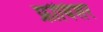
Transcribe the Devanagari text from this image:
फ्रोबिशर